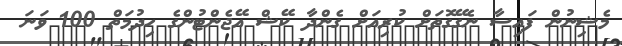
މެޝިނުން ފައިސާ ނެގޭގޮތަށް ކުރިއަށް ގެންދާ ކޭޝް އޭޖެންޓުންގެެ ހިދުމަތް 100 ވަނަ